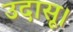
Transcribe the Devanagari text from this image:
उदासू।